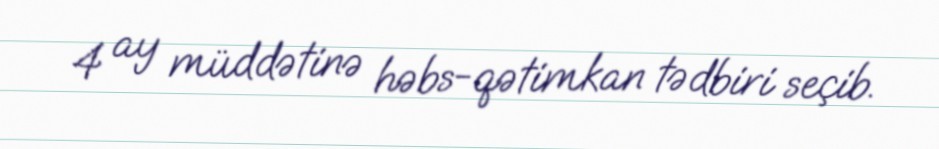
4 ay müddətinə həbs-qətimkan tədbiri seçib.